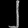
Digit: ၂